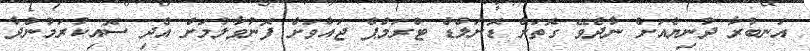
އަނބުރާ ދުނިޔެއަށް ނާދެވޭ ގޮތަށް ޑޮނަލްޑް ޓްރަމްޕް ޖައްވަށް ފޮނުވާލުމަށް އެދި ސޮއިކުރަމުންދާ